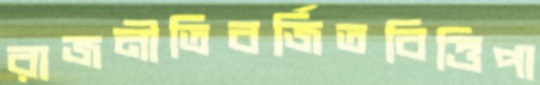
রাজনীতিবর্জিতবিত্তিপা